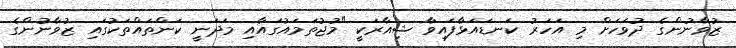
ޒުވާނުންގެ ދުވަހަށް މި އަހަރު ކަނޑައަޅާފައިވާ ޝިއާރަކީ "މުޖުތަމައުގައާއި މަދަނީ ކަންތައްތަކުގައި ޒުވާނުންގެ